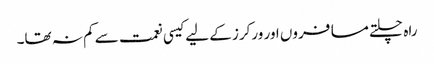
راہ چلتے مسافروں اور ورکرز کے لیے کیسی نعمت سے کم نہ تھا۔